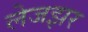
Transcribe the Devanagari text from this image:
लेजझर